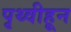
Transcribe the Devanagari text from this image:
पृथ्वीहून